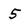
Character: 5